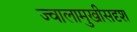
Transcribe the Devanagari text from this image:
ज्वालामुखीसदृश